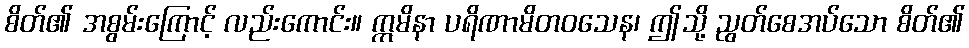
စိတ်၏ အစွမ်းကြောင့် လည်းကောင်း။ ဣမိနာ ပရိဏာမိတဝသေန၊ ဤသို့ ညွတ်စေအပ်သော စိတ်၏